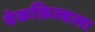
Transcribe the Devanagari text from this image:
वेकफ़िल्डला